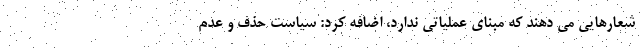
شعارهایی می دهند که مبنای عملیاتی ندارد، اضافه کرد: سیاست حذف و عدم